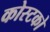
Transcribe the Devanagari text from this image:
कोस्‍टको